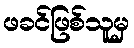
ဖခင်ဖြစ်သူမှ